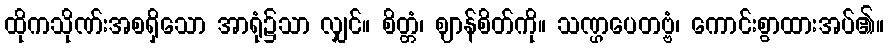
ထိုကသိုဏ်းအစရှိသော အာရုံ၌သာ လျှင်။ စိတ္တံ၊ ဈာန်စိတ်ကို။ သဏ္ဌပေတဗ္ဗံ၊ ကောင်းစွာထားအပ်၏။